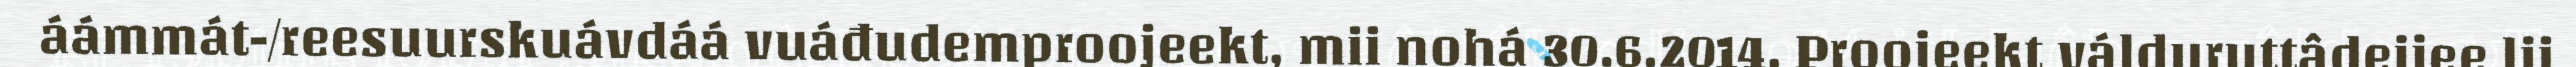
áámmát-/reesuurskuávdáá vuáđudemproojeekt, mii nohá 30.6.2014. Proojeekt válduruttâdeijee lii